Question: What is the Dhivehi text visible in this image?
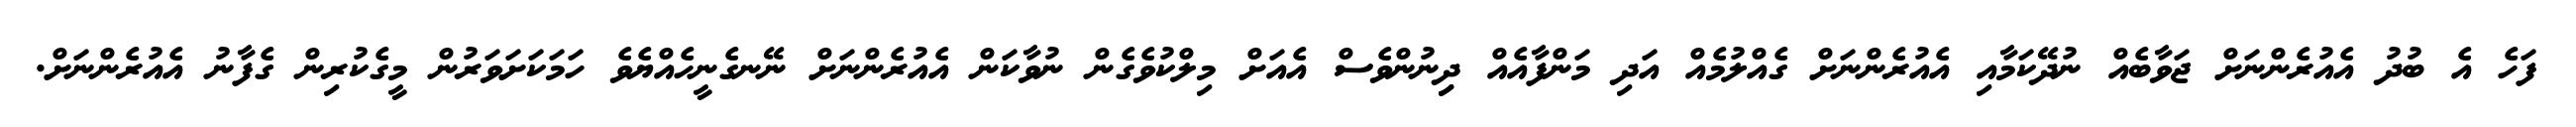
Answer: ފަހެ އެ ބުދު އެއުރެންނަށް ޖަވާބެއް ނުދޭކަމާއި އެއުރެންނަށް ގެއްލުމެއް އަދި މަންފާއެއް ދިިނުންވެސް އެއަށް މިލްކުވެގެން ނުވާކަން އެއުރެންނަށް ނޭނގެނީހެއްޔެވެ ހަމަކަށަވަރުން މީގެކުރިން ގެފާނު އެއުރެންނަށް.